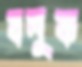
বসুক